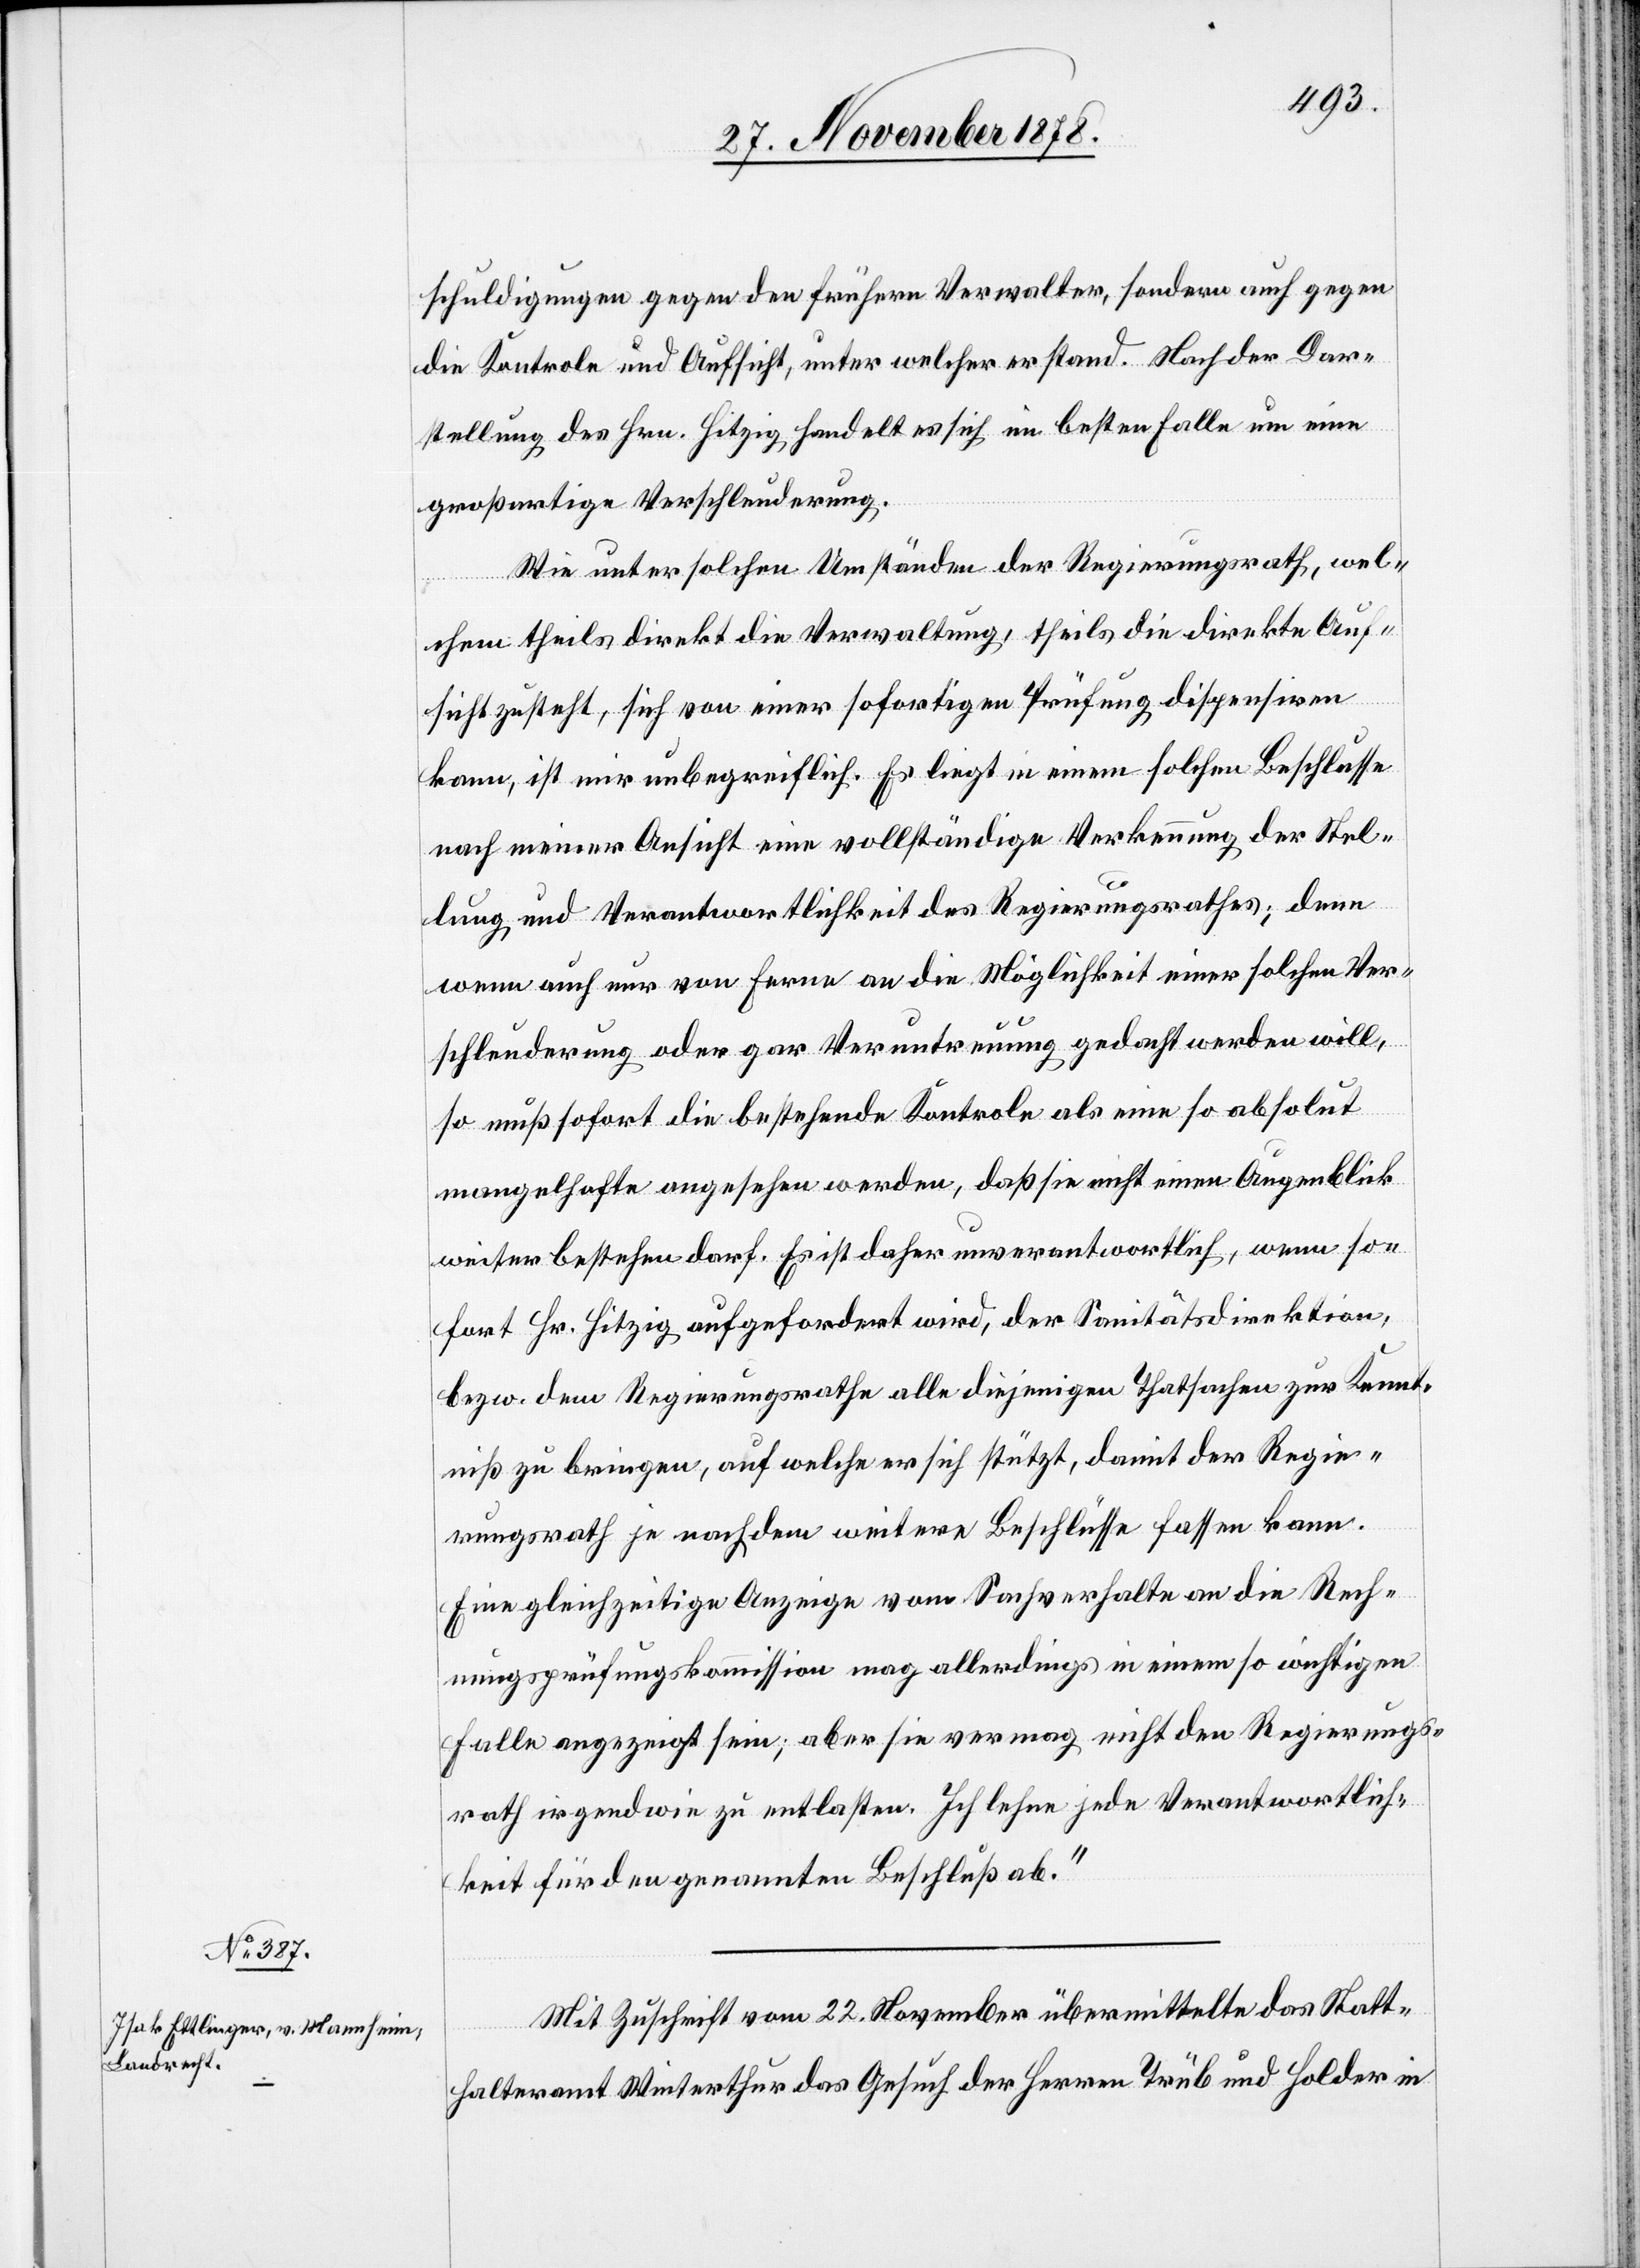
schuldigungen gegen den frühern Verwalter, sondern auch gegen
die Kontrole und Aufsicht, unter welcher er stand. Nach der Dar¬
stellung des Hrn. Hitzig, handelt es sich im besten Falle um eine
großartige Verschleuderung.
Wie unter solchen Umständen der Regierungsrath, wel¬
chem theils direkt die Verwaltung, theils die direkte Auf¬
sicht zusteht, sich von einer sofortigen Prüfung dispensiren
kann, ist mir unbegreiflich. Es liegt in einem solchen Beschlusse
nach meiner Ansicht eine vollständige Verkennung der Stel¬
lung und Verantwortlichkeit des Regierungsrathes; denn
wenn auch nur von ferne an die Möglichkeit einer solchen Ver¬
schleuderung oder gar Veruntreuung gedacht werden will,
so muß sofort die bestehende Kontrole als eine so absolut
mangelhafte angesehen werden, daß sie nicht einen Augenblick
weiter bestehen darf. Es ist daher unverantwortlich, wenn so¬
fort Hr. Hitzig aufgefordert wird, der Sanitätsdirektion,
bezw. dem Regierungsrathe alle diejenigen Thatsachen zur Kennt¬
niß zu bringen, auf welche er sich stützt, damit der Regie¬
rungsrath je nachdem weitere Beschlüsse fassen kann.
Eine gleichzeitige Anzeige vom Sachverhalte an die Rech¬
nungsprüfungskommission mag allerdings in einem so wichtigen
Falle angezeigt sein; aber sie vermag nicht den Regierungs¬
rath irgendwie zu entlasten. Ich lehne jede Verantwortlich¬
keit für den genannten Beschluß ab.“
Mit Zuschrift vom 22. November übermittelt das Statt¬
halteramt Winterthur das Gesuch der Herren Trüb und Holder in